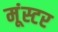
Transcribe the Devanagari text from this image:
मूंस्टर